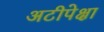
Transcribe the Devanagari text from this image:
अटीपेक्षा